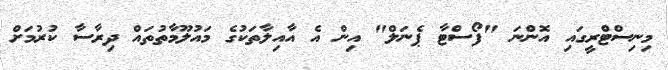
މިނިސްޓްރީގައި އޮންނަ "ފޯސްޓާ ޕެނަލް" އިން އެ އާއިލާތަކުގެ މައުލޫމާތުތައް ދިރާސާ ކުރުމަށް